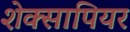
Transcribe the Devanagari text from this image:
शेक्सापियर